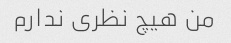
من هیچ نظری ندارم